Vaccination North-Western Provinces and Oudh 1878-1895 - 1878-1895
Year: 1878
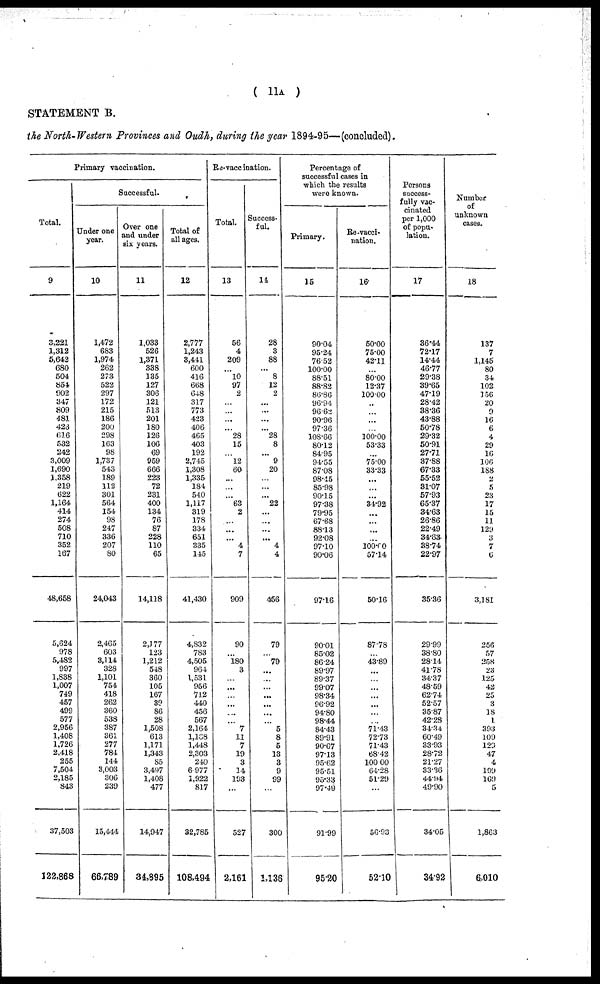
( 11A )
STATEMENT B.
the North-Western Provinces and Oudh, during the year 1894-95—(concluded).
Primary vaccination.
Total.
9
3,221
1,312
5,642
680
504
854
902
347
809
481
423
616
532
242
3,009
1,690
1,358
219
622
1,164
414
274
508
710
352
167
48,658
5,624
978
5,482
997
1,838
1,007
749
457
499
577
2,956
1,408
1,726
2,418
255
7,504
2,185
843
37,503
122,868
Successful.
Under one
year.
10
1,472
683
1,974
262
273
522
297
172
215
186
200
298
163
98
1,737
543
189
112
301
564
154
98
247
336
207
80
24,043
2,465
603
3,114
328
1,101
754
418
262
360
538
387
361
277
784
144
3,003
306
239
15,444
66,789
Over one
and under
six years.
11
1,033
526
1,371
338
135
127
306
121
513
201
180
126
106
69
959
666
223
72
231
400
134
76
87
228
110
65
14,118
2,177
123
1,212
548
360
105
167
39
86
28
1,508
613
1,171
1,343
85
3,497
1,408
477
14,947
31,895
Total of
all ages.
12
2,777
1,243
3,441
600
416
668
648
317
773
423
406
465
403
192
2,745
1,308
1,335
184
540
1,117
319
178
334
651
335
145
41,430
4,832
783
4,505
964
1,531
956
712
440
456
567
2,164
1,168
1,448
2,303
240
6 977
1,922
817
32,785
108,494
Re-vaccination.
Total.
13
56
4
209
...
10
97
2
...
...
...
...
28
15
...
12
60
...
...
...
63
2
...
...
...
4
7
909
90
...
180
3
...
...
...
...
...
...
7
11
7
19
3
14
193
...
527
2,161
Success-
ful.
14
28
3
88
...
8
12
2
...
...
...
...
28
8
...
9
20
...
...
...
22
...
...
...
...
4
4
456
79
...
79
...
...
...
...
...
...
...
5
8
5
13
3
9
99
...
300
1,136
Percentage of
successful cases in
which the results
were known.
Primary.
15
90.04
95.24
76.52
100.00
88.51
88.82
86.86
96.94
96.62
90.96
97.36
108.66
80.12
84.95
94.55
87.08
98.45
85.98
90.15
97.38
79.95
67.68
88.13
92.08
97.10
90.06
97.16
90.01
85.02
86.24
89.97
89.37
99.07
98.34
96.92
94.80
98.44
84.43
89.91
90.67
97.13
95.62
95.51
95.33
97.49
91.99
95.20
Re-vacci-
nation.
16
50.00
75.00
42.11
...
80.00
12.37
100.00
..
...
...
...
100.00
53.33
...
75.00
33.33
...
...
...
34.92
...
...
...
...
100.00
57.14
50.16
87.78
...
43.89
...
...
...
...
...
...
...
71.43
72.73
71.43
68.42
100.00
64.28
51.29
...
56.93
52.10
Persons
success-
fully vac-
cinated
per 1,000
of popu-
lation.
17
36.44
72.17
14.44
46.77
29.38
39.65
47.19
28.42
38.36
43.88
50.78
29.32
50.91
27.71
37.88
67.33
55.52
31.07
57.93
65.37
34.63
26.86
22.49
34.63.
38.74
22.97
35.36
29.99
38.80
28.14
41.78
34.37
48.59
62.74
52.57
35.87
42.28
34.34
60.49
33.93
28.72
21.27
33.36
44.94
49.90
34.05
34.92
Number
of
unknown
cases.
18
137
7
1,145
80
34
102
156
20
9
16
6
4
29
16
106
188
2
5
23
17
15
11
129
3
7
6
3,181
256
57
258
23
125
42
25
3
18
1
393
109
120
47
4
199
169
5
1,863
6,010